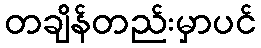
တချိန်တည်းမှာပင်